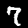
Label: 7